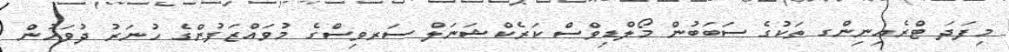
މިފަދަ ޓްރެއިނިންގ ތަކުގެ ސަބަބުން މޯލްޑިވްސް ކަރެކްޝަނަލް ސަރވިސްގެ މުވައްޒަފުންގެ ހުނަރު ދުވަހުން